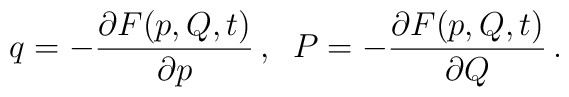
q = - \frac{ \partial F ( p , Q , t)}{ \partial p} \, ,\; \; P = - \frac{ \partial F (p, Q, t)}{ \partial Q} \, .